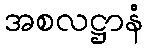
အစလဋ္ဌာနံ